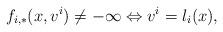
LaTeX: \begin{gather*}f_{i,*}(x,v^i) \neq -\infty \Leftrightarrow v^i = l_i(x),\end{gather*}